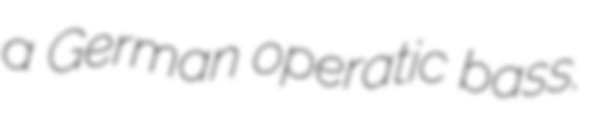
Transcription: a German operatic bass.